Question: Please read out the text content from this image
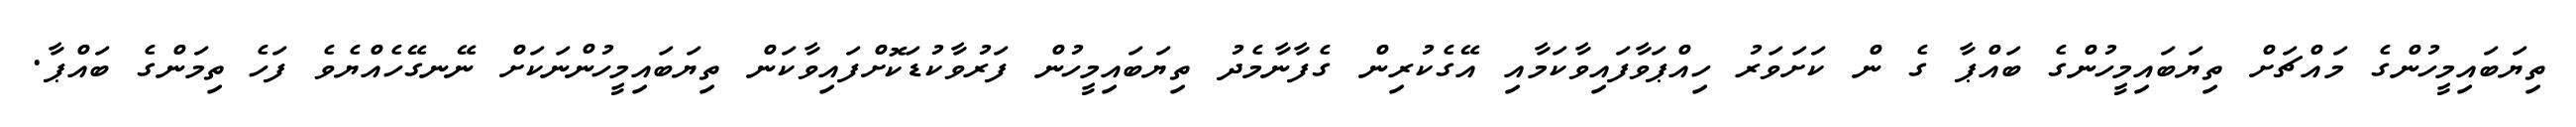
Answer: ތިޔަބައިމީހުންގެ މައްޗަށް ތިޔަބައިމީހުންގެ ބައްޕާ ގެ ން ކަށަވަރު ހިއްޕަވާފައިވާކަމާއި އޭގެކުރިން ގެފާނާމެދު ތިޔަބައިމީހުން ފަރުވާކުޑަކޮށްފައިވާކަން ތިޔަބައިމީހުންނަކަށް ނޭނގޭހެއްޔެވެ ފަހެ ތިމަންގެ ބައްޕާ.